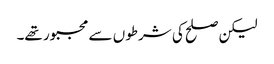
لیکن صلح کی شرطوں سے مجبور تھے۔